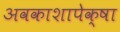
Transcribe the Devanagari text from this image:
अवकाशापेक्षा